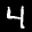
Label: 4